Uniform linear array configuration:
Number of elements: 16
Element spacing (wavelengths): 0.5
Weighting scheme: kaiser
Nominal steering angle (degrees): -30
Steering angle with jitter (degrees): -28.547
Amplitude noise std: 0.05
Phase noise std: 0.05

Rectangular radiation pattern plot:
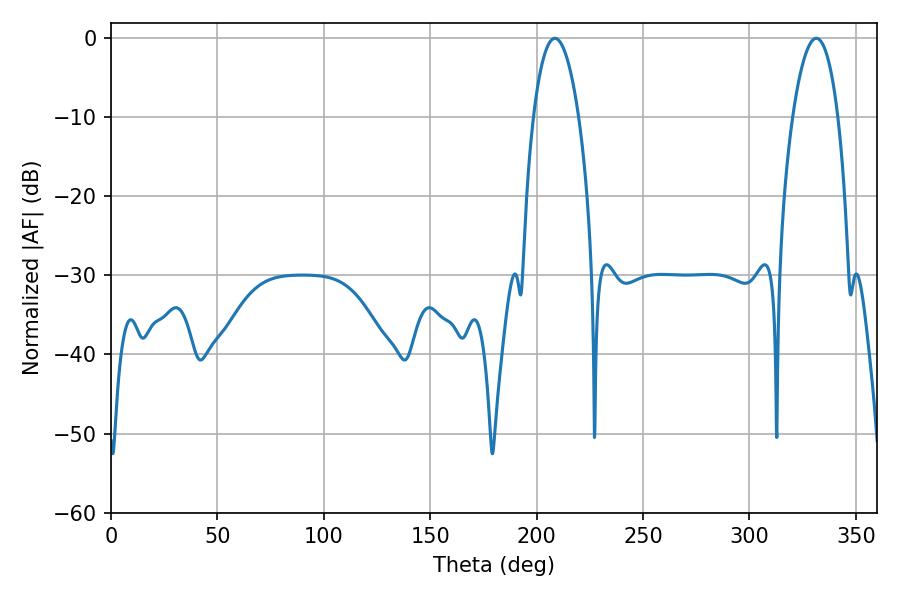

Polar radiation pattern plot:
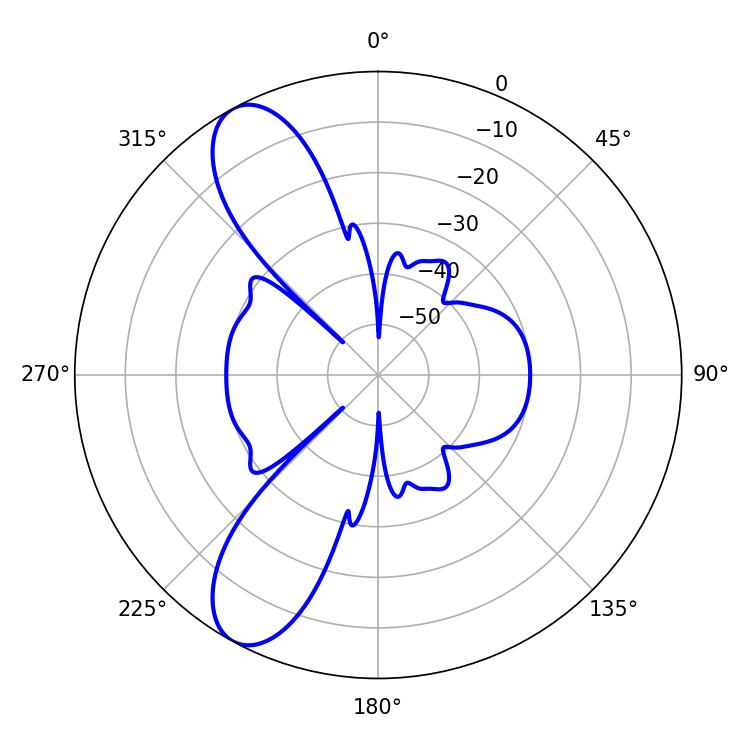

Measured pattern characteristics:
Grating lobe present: FALSE
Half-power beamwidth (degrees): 11.88
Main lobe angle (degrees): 208.62